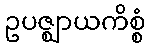
ဥပဇ္ဈာယကိစ္စံ